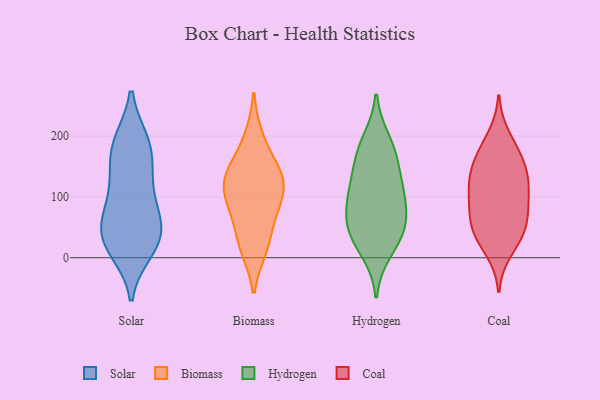
{"axis": {"x": "LTV (USD)", "y": "Value"}, "legend": ["Biomass", "Coal", "Hydrogen", "Solar"], "data": [{"x": "", "y": 76, "type": "Solar"}, {"x": "", "y": 151, "type": "Solar"}, {"x": "", "y": 188, "type": "Solar"}, {"x": "", "y": 28, "type": "Solar"}, {"x": "", "y": 113, "type": "Solar"}, {"x": "", "y": 29, "type": "Solar"}, {"x": "", "y": 78, "type": "Solar"}, {"x": "", "y": 140, "type": "Solar"}, {"x": "", "y": 56, "type": "Solar"}, {"x": "", "y": 13, "type": "Solar"}, {"x": "", "y": 46, "type": "Solar"}, {"x": "", "y": 190, "type": "Solar"}, {"x": "", "y": 21, "type": "Solar"}, {"x": "", "y": 189, "type": "Solar"}, {"x": "", "y": 116, "type": "Biomass"}, {"x": "", "y": 106, "type": "Biomass"}, {"x": "", "y": 198, "type": "Biomass"}, {"x": "", "y": 149, "type": "Biomass"}, {"x": "", "y": 23, "type": "Biomass"}, {"x": "", "y": 141, "type": "Biomass"}, {"x": "", "y": 82, "type": "Biomass"}, {"x": "", "y": 68, "type": "Biomass"}, {"x": "", "y": 128, "type": "Biomass"}, {"x": "", "y": 15, "type": "Biomass"}, {"x": "", "y": 110, "type": "Hydrogen"}, {"x": "", "y": 165, "type": "Hydrogen"}, {"x": "", "y": 72, "type": "Hydrogen"}, {"x": "", "y": 49, "type": "Hydrogen"}, {"x": "", "y": 109, "type": "Hydrogen"}, {"x": "", "y": 167, "type": "Hydrogen"}, {"x": "", "y": 191, "type": "Hydrogen"}, {"x": "", "y": 12, "type": "Hydrogen"}, {"x": "", "y": 108, "type": "Hydrogen"}, {"x": "", "y": 47, "type": "Hydrogen"}, {"x": "", "y": 42, "type": "Hydrogen"}, {"x": "", "y": 144, "type": "Coal"}, {"x": "", "y": 39, "type": "Coal"}, {"x": "", "y": 137, "type": "Coal"}, {"x": "", "y": 59, "type": "Coal"}, {"x": "", "y": 150, "type": "Coal"}, {"x": "", "y": 113, "type": "Coal"}, {"x": "", "y": 200, "type": "Coal"}, {"x": "", "y": 45, "type": "Coal"}, {"x": "", "y": 172, "type": "Coal"}, {"x": "", "y": 117, "type": "Coal"}, {"x": "", "y": 98, "type": "Coal"}, {"x": "", "y": 11, "type": "Coal"}, {"x": "", "y": 173, "type": "Coal"}, {"x": "", "y": 105, "type": "Coal"}, {"x": "", "y": 33, "type": "Coal"}, {"x": "", "y": 76, "type": "Coal"}, {"x": "", "y": 64, "type": "Coal"}]}